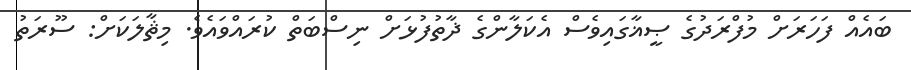
ބައެއް ފަހަރަށް މުފްރަދުގެ ޞީޣާގައިވެސް އެކަލާންގެ ޛާތުފުޅަށް ނިސްބަތް ކުރައްވައެވެ. މިޘާލަކަށް: ސޫރަތު